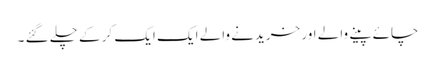
چائے پینے والے اور خریدنے والے ایک ایک کر کے چلے گئے ۔